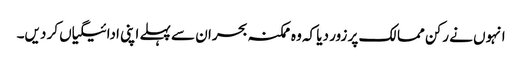
انہوں نے رکن ممالک پر زور دیا کہ وہ ممکنہ بحران سے پہلے اپنی ادائیگیاں کر دیں۔